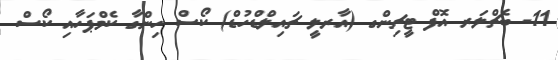
11- ބެޗްލަރ އޮފް ޓީޗިންގ (އާރލީ ޗައިލްޑްހުޑް) ކޯސް ހިންގާ ކެމްޕަހާއި ކޯސް